Civil Veterinary Department Bihar reports 1940-50 - 1940-1950
Year: 1940
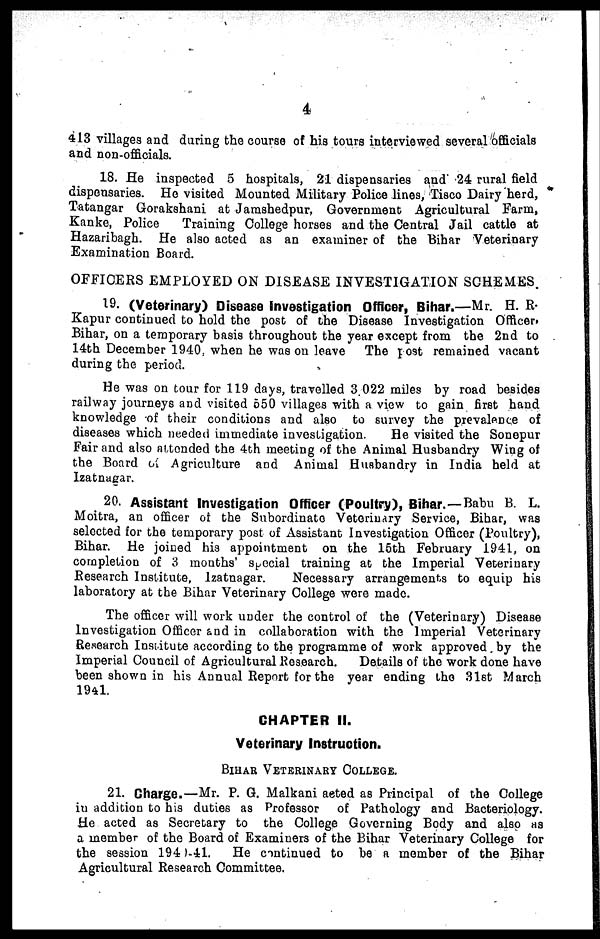
4
413 villages and during the course of his tours interviewed several officials
and non-officials.
18. He inspected 5 hospitals, 21 dispensaries and 24 rural field
dispensaries. He visited Mounted Military Police lines, Tisco Dairy herd,
Tatangar Gorakshani at Jarashedpur, Government Agricultural Farm,
Kanke, Police
Training College horses and the Central Jail cattle at
Hazaribagh. He also acted as an examiner of the Bihar Veterinary
Examination Board.
OFFICERS EMPLOYED ON DISEASE INVESTIGATION SCHEMES.
19. (Veterinary) Disease investigation Officer, Bihar.—Mr. H. R.
Kapur continued to hold the post of the Disease Investigation Officer.
Bihar, on a temporary basis throughout the year except from the 2nd to
14th December 1940 when he was on leave
The post remained vacant
during the period.
He was on tour for 119 days, travelled 3.022 miles by road besides
railway journeys and visited 650 villages with a view to gain first hand
knowledge of their conditions and also to survey the prevalence of
diseases which needed immediate investigation.
He visited the Sonepur
Fair and also attended the 4th meeting of the Animal Husbandry Wing of
the Board of Agriculture and Animal Husbandry in India held at
Izatnagar.
20. Assistant Investigation Officer (Poultry), Bihar.—Babu B. L.
Moitra, an officer of the Subordinate Veterinary Service, Bihar, was
selected for the temporary post of Assistant Investigation Officer (Poultry),
Bihar. He joined his appointment on the 15th February 1941, on
completion of 3 months' special training at the Imperial Veterinary
Research Institute, Izatnagar.
Necessary arrangements to equip his
laboratory at the Bihar Veterinary College were made.
The officer will work under the control of the (Veterinary) Disease
Investigation Officer and in collaboration with the Imperial Veterinary
Research Institute according to the programme of work approved by the
Imperial Council of Agricultural Research.
Details of the work done have
been shown in his Annual Report for the year ending the 31st March
1941.
CHAPTER II.
Veterinary Instruction.
BIHAR VETERINARY COLLEGE.
21. Charge.—Mr. P. G. Malkani acted as Principal of the College
in addition to his duties as Professor
of Pathology and Bacteriology.
He acted as Secretary to the College Governing Body and also as
a member of the Board of Examiners of the Bihar Veterinary College for
the session 1940-41.
He continued to be a member of the Bihar
Agricultural Research Committee.